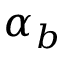
\alpha _ { b }